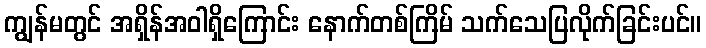
ကျွန်မတွင် အရှိန်အဝါရှိကြောင်း နောက်တစ်ကြိမ် သက်သေပြလိုက်ခြင်းပင်။